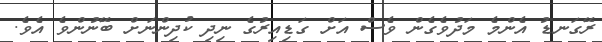
ރޭގަނޑު އެންމެ މަދުވެގެން ވެސް އަށް ގަޑިއިރުގެ ނިދި ކުދިންނަށް ބޭނުންވެ އެވެ.